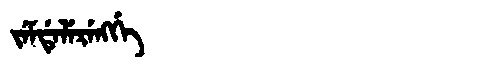
Manchu: ᠵᡝᠮᡩᡝᠯᡝᡵᡝᠩᡤᡝ
Romanization: JEMDELERENGGE